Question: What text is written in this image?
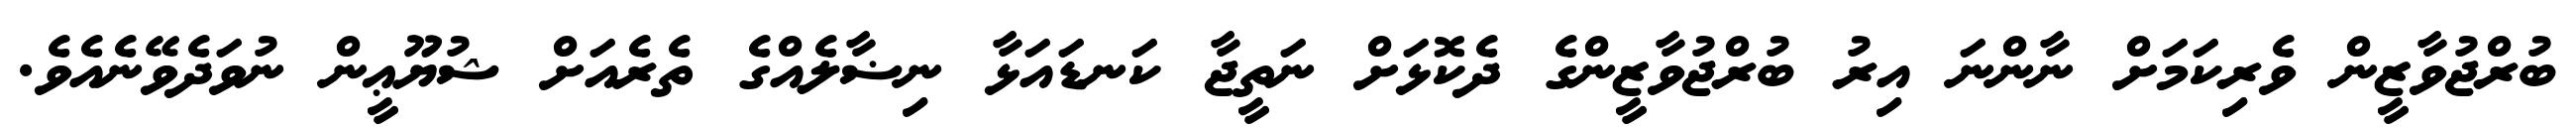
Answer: ބުރްޖުވާޒީން ވެރިކަމަށް ނާންނަ އިރު ބުރްޖުވާޒީންގެ ދެކޮޅަށް ނަތީޖާ ކަނޑައަޅާ ނިޟާލެއްގެ ތެރެއަށް ޝުޔޫޢީން ނުވަދެވޭނެއެވެ.